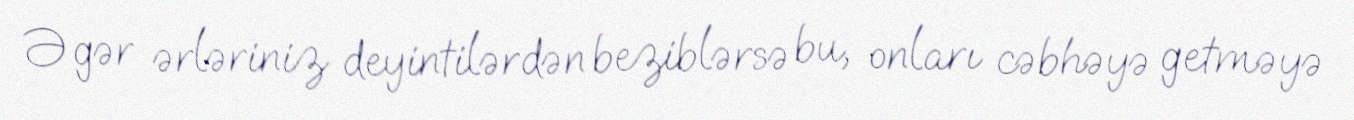
Əgər ərləriniz deyintilərdən beziblərsə bu, onları cəbhəyə getməyə